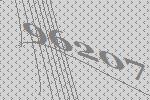
96207